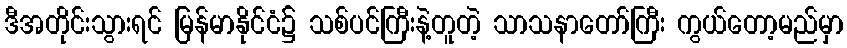
ဒီအတိုင်းသွားရင် မြန်မာနိုင်ငံ၌ သစ်ပင်ကြီးနဲ့တူတဲ့ သာသနာတော်ကြီး ကွယ်တော့မည်မှာ